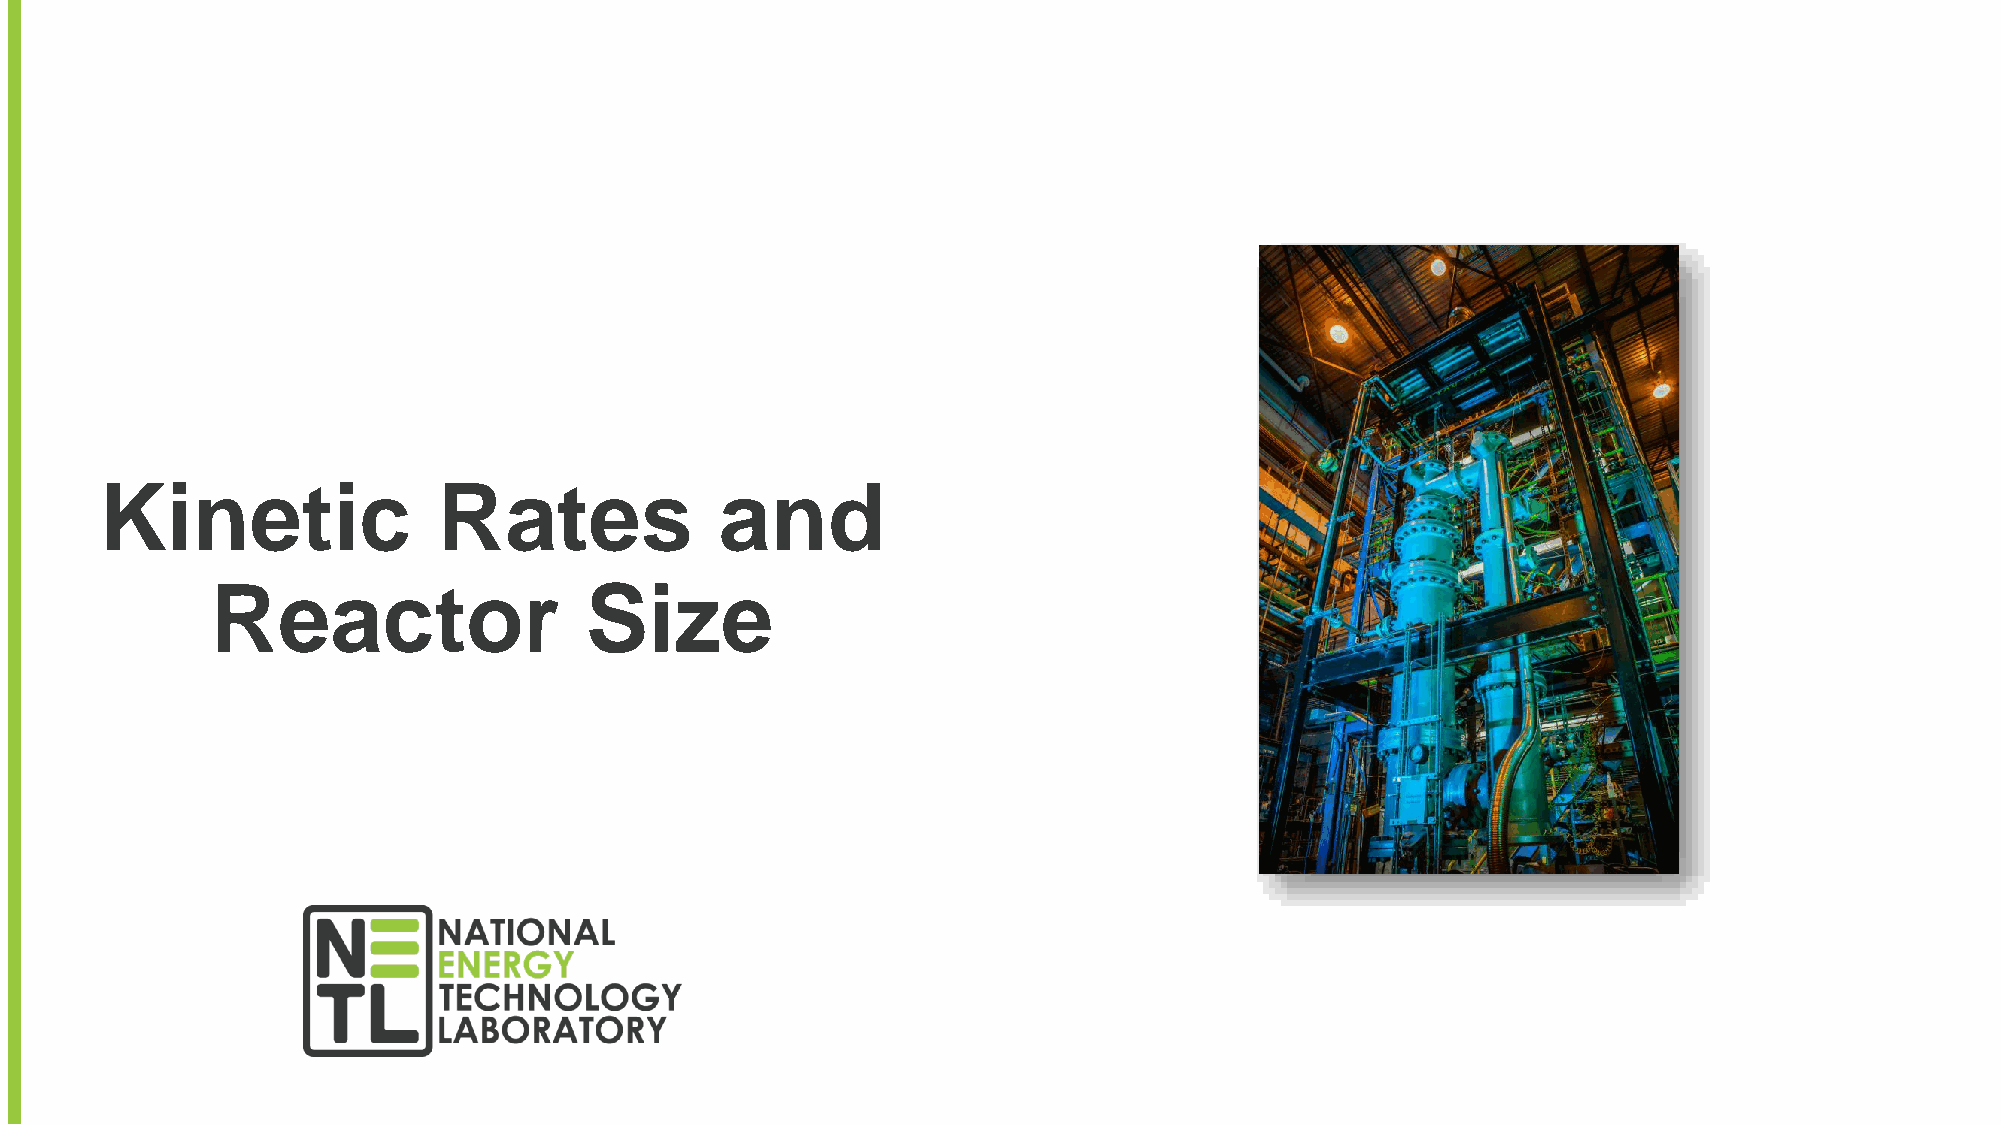
Kinetic               Rates              and
 Reactor                  Size